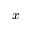
x